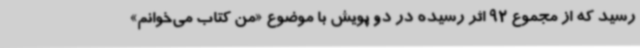
رسید که از مجموع 92 اثر رسیده در دو پویش با موضوع «من کتاب می‌خوانم»